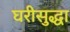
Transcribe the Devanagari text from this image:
घरीसुद्धा